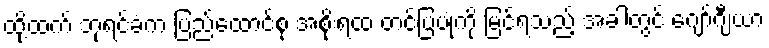
ထို့ထက် ဘုရင်ခံက ပြည်ထောင်စု အစိုးရထံ တင်ပြပုံကို မြင်ရသည့် အခါတွင် ဂျော်ဂျီယာ